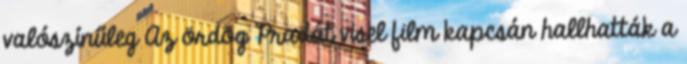
valószínűleg Az ördög Pradát visel film kapcsán hallhatták a